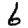
Digit: 6